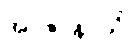
အာဇာနာသိ